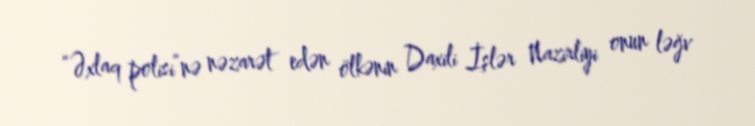
“Əxlaq polisi”nə nəzarət edən ölkənin Daxili İşlər Nazirliyi onun ləğv